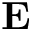
{ \bf E }